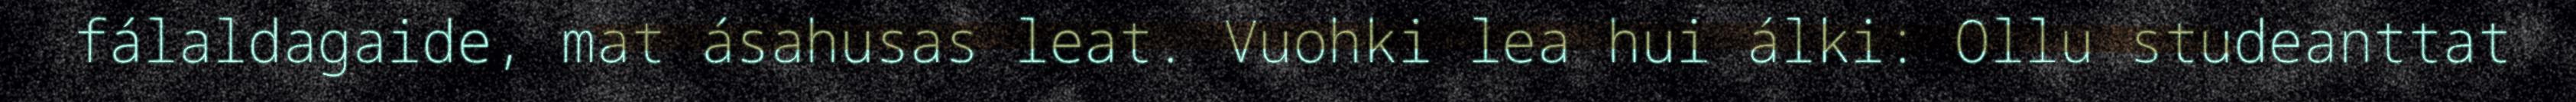
fálaldagaide, mat ásahusas leat. Vuohki lea hui álki: Ollu studeanttat